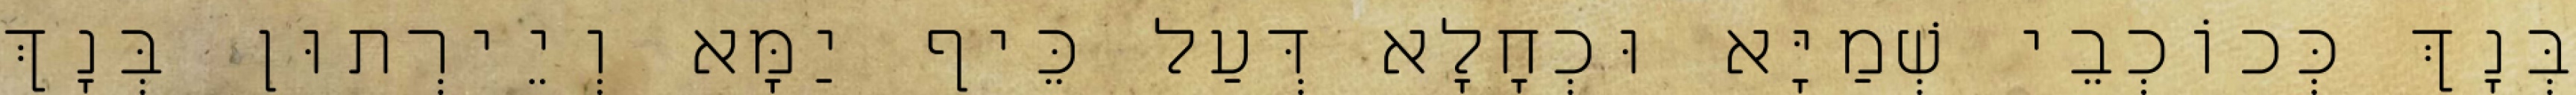
בְּנָךְ כְּכוֹכְבֵי שְׁמַיָּא וּכְחָלָא דְּעַל כֵּיף יַמָּא וְיֵירְתוּן בְּנָךְ